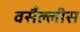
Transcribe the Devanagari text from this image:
वर्सैल्लीस